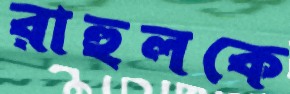
রাহুলকে